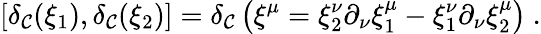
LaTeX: \left[\delta_{\mathcal{C}}(\xi_{1}),\delta_{\mathcal{C}}(\xi_{2})\right]=\delta_{\mathcal{C}}\left(\xi^{\mu}=\xi_{2}^{\nu}\partial_{\nu}\xi_{1}^{\mu}-\xi_{1}^{\nu}\partial_{\nu}\xi_{2}^{\mu}\right)\ .